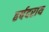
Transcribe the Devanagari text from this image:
हर्षदराय